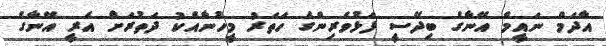
އާދަމް ނައީމް އޭނާގެ ބިދޭސީ ފަޅުވެރިންގެ ހަތަރު މީހުނާއެކު ދަތުރަށް އެރީ އޭނާގެ